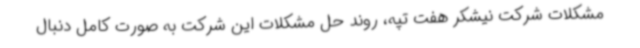
مشکلات شرکت نیشکر هفت تپه، روند حل مشکلات این شرکت به صورت کامل دنبال